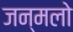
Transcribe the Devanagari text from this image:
जन्मलो